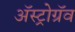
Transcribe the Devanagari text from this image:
अॅस्ट्रोग्रॅव